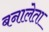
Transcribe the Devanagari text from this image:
बनालेता